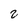
Character: 2